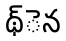
థ్ెన